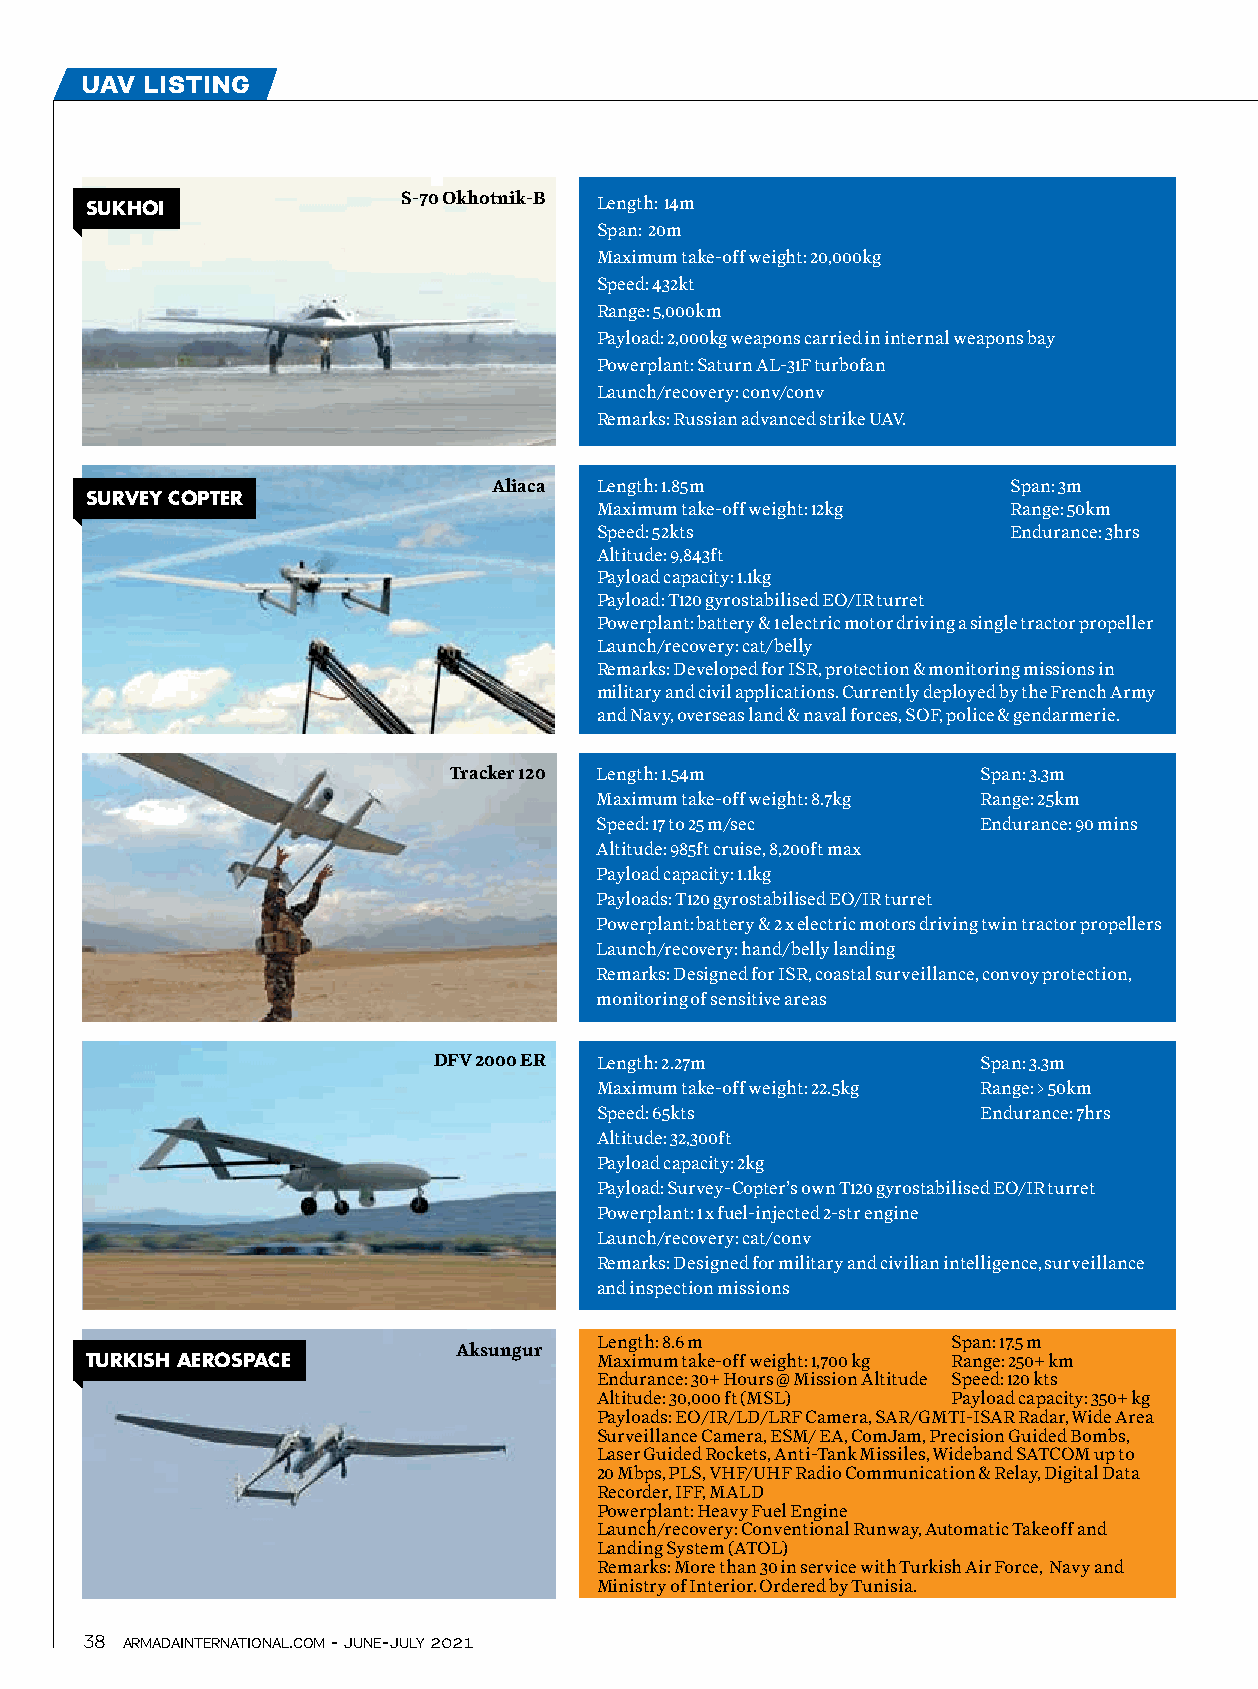
uav  listing
 SUKHoI               S-70 Okhotnik-B Length: 14m
 Span: 20m
 Maximum take-off weight: 20,000kg
 Speed: 432kt
 Range: 5,000km
 Payload: 2,000kg weapons carried in internal weapons bay
 Powerplant: Saturn AL-31F turbofan
 Launch/recovery: conv/conv
 Remarks: Russian advanced strike UAV.
 Aliaca Length: 1.85m              Span: 3m
 SURVEY coPTER
 Maximum take-off weight: 12kg Range: 50km
 Speed: 52kts                Endurance: 3hrs
 Altitude: 9,843ft
 Payload capacity: 1.1kg
 Payload: T120 gyrostabilised EO/IR turret
 Powerplant: battery & 1 electric motor driving a single tractor propeller
 Launch/recovery: cat/belly
 Remarks: Developed for ISR, protection & monitoring missions in
 military and civil applications. Currently deployed by the French Army
 and Navy, overseas land & naval forces, SOF, police & gendarmerie.
 Tracker 120 Length: 1.54m          Span: 3.3m
 Maximum take-off weight: 8.7kg Range: 25km
 Speed: 17 to 25 m/sec     Endurance: 90 mins
 Altitude: 985ft cruise, 8,200ft max
 Payload capacity: 1.1kg
 Payloads: T120 gyrostabilised EO/IR turret
 Powerplant: battery & 2 x electric motors driving twin tractor propellers
 Launch/recovery: hand/belly landing
 Remarks: Designed for ISR, coastal surveillance, convoy protection,
 monitoring of sensitive areas
 DFV 2000 ER Length: 2.27m           Span: 3.3m
 Maximum take-off weight: 22.5kg Range: > 50km
 Speed: 65kts              Endurance: 7hrs
 Altitude: 32,300ft
 Payload capacity: 2kg
 Payload: Survey-Copter’s own T120 gyrostabilised EO/IR turret
 Powerplant: 1 x fuel-injected 2-str engine
 Launch/recovery: cat/conv
 Remarks: Designed for military and civilian intelligence, surveillance
 and inspection missions
 Length: 8.6 m          Span: 17.5 m
 Aksungur
 TURKISH aERoSPacE                 Maximum take-off weight: 1,700 kg Range: 250+ km
 Endurance: 30+ Hours @ Mission Altitude Speed: 120 kts
 Altitude: 30,000 ft (MSL) Payload capacity: 350+ kg
 Payloads: EO/IR/LD/LRF Camera, SAR/GMTI-ISAR Radar, Wide Area
 Surveillance Camera, ESM/ EA, ComJam, Precision Guided Bombs,
 Laser Guided Rockets, Anti-Tank Missiles, Wideband SATCOM up to
 20 Mbps, PLS, VHF/UHF Radio Communication & Relay, Digital Data
 Recorder, IFF, MALD
 Powerplant: Heavy Fuel Engine
 Launch/recovery: Conventional Runway, Automatic Takeoff and
 Landing System (ATOL)
 Remarks: More than 30 in service with Turkish Air Force, Navy and
 Ministry of Interior. Ordered by Tunisia.
 38 armadainternational.com - june-july 2021